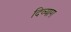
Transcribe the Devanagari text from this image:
दिव्याग